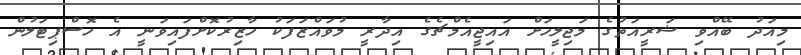
މިއަދު ބޭއްވި ޝަރީއަތުގެ މަޖިލީހަށް އައިޖީއެމްޗެގެ އިދާރީ މުވައްޒަފަކު ހާޒިރުކޮށްފައިވަނީ އެ ހޮސްޕިޓަލުން